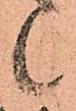
候